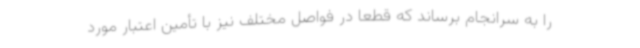
را به سرانجام برساند که قطعا در فواصل مختلف نیز با تأمین اعتبار مورد